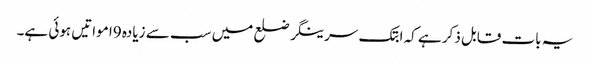
یہ بات قابل ذکر ہے کہ ابتک سرینگر ضلع میں سب سے زیادہ 9ا مواتیں ہوئی ہے۔